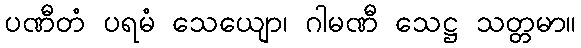
ပဏီတံ ပရမံ သေယျော၊ ဂါမဏီ သေဋ္ဌ သတ္တမာ။